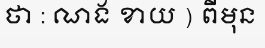
ថា : ណង ខាយ ) ពីមុន